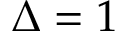
\Delta = 1